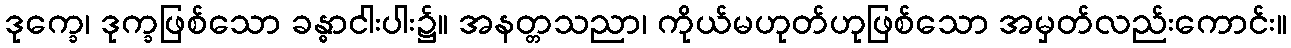
ဒုက္ခေ၊ ဒုက္ခဖြစ်သော ခန္ဓာငါးပါး၌။ အနတ္တသညာ၊ ကိုယ်မဟုတ်ဟုဖြစ်သော အမှတ်လည်းကောင်း။